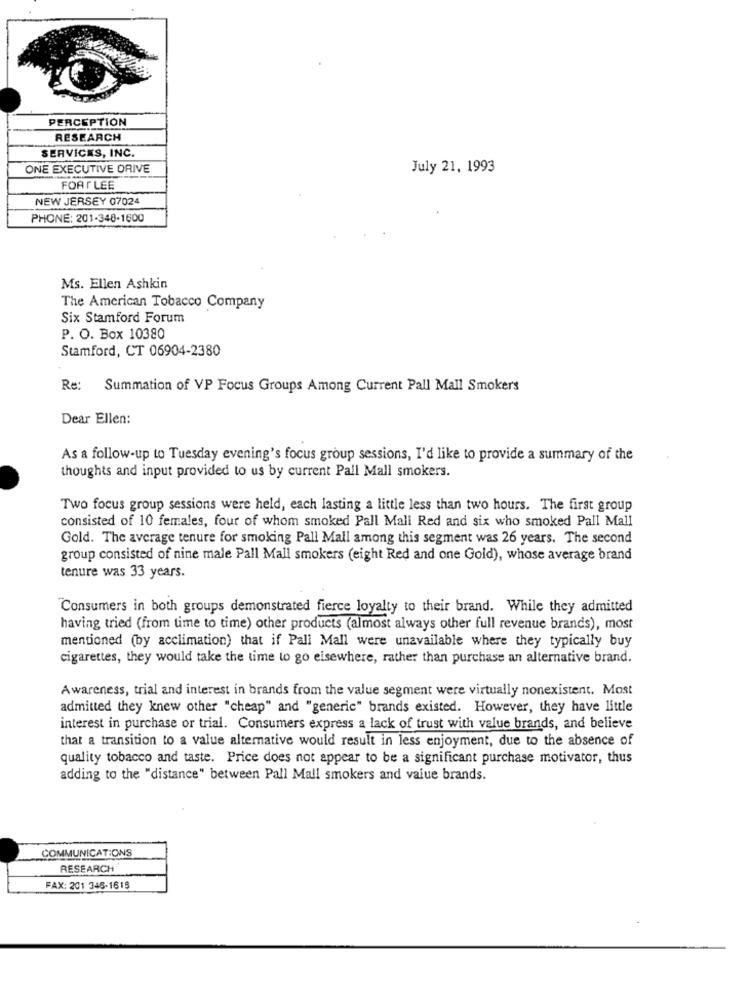
PERCEPTION
RESEARCH
SERVICES, INC.
ONE EXECUTIVE DRIVE
July 21, 1993
FORT LEE
NEW JERSEY 07024
PHONE: 201-348-1600
Ms. Ellen Ashkin
The American Tobacco Company
Six Stamford Forum
P. O. Box 10380
Stamford, CT 06904-2380
Re: Summation of VP Focus Groups Among Current Pall Mall Smokers
Dear Ellen:
As a follow-up to Tuesday evening's focus group sessions, I'd like to provide a summary of the
thoughts and input provided to us by current Pall Mall smokers.
Two focus group sessions were held, each lasting a little less than two hours. The first group
consisted of 10 females, four of whom smoked Pall Mall Red and six who smoked Pall Mall
Gold. The average tenure for smoking Pall Mall among this segment was 26 years. The second
group consisted of nine male Pall Mall smokers (eight Red and one Gold), whose average brand
tenure was 33 years.
Consumers in both groups demonstrated fierce loyalty to their brand. While they admitted
having tried (from time to time) other products (almost always other full revenue brands), most
mentioned (by acclimation) that if Pall Mall were unavailable where they typically buy
cigarettes, they would take the time to go elsewhere, rather than purchase an alternative brand.
Awareness, trial and interest in brands from the value segment were virtually nonexistent. Most
admitted they knew other "cheap" and "generic" brands existed. However, they have little
interest in purchase or trial. Consumers express a lack of trust with value brands, and believe
that a transition to a value alternative would result in less enjoyment, due to the absence of
quality tobacco and taste. Price does not appear to be a significant purchase motivator, thus
adding to the "distance" between Pall Mall smokers and value brands.
COMMUNICATIONS
RESEARCH
FAX: 201 345-1618